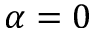
\alpha = 0